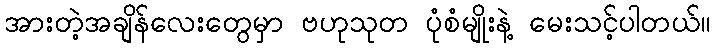
အားတဲ့အချိန်လေးတွေမှာ ဗဟုသုတ ပုံစံမျိုးနဲ့ မေးသင့်ပါတယ်။